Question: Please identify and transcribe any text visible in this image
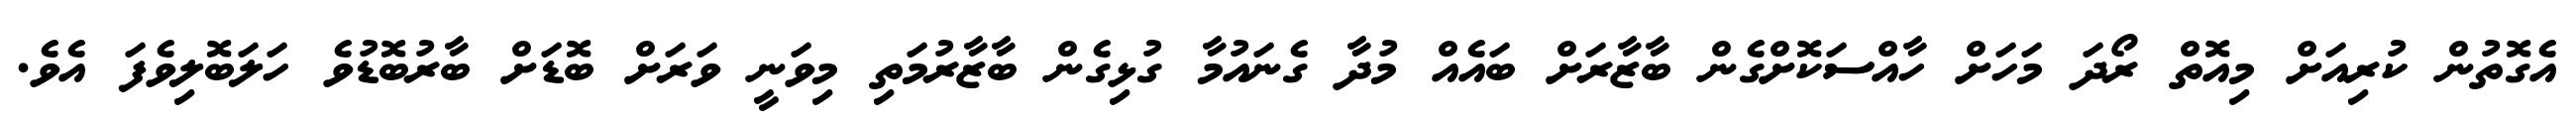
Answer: އެގޮތުން ކުރިއަށް މިއޮތް ރޯދަ މަހަށް ހާއްސަކޮށްގެން ބާޒާރަށް ބައެއް މުދާ ގެނައުމާ ގުޅިގެން ބާޒާރުމަތި މިވަނީ ވަރަށް ބޮޑަށް ބާރުބޮޑުވެ ހަލަބޮލިވެފަ އެވެ.